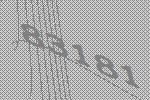
83181